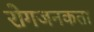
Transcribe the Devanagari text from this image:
रोगजनकता